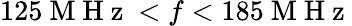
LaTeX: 125\mathrm{~M~H~z~}<f<185\mathrm{~M~H~z~}